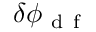
\delta \phi _ { \mathrm { ~ d ~ f ~ } }